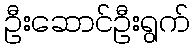
ဦးဆောင်ဦးရွက်